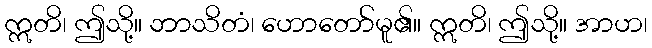
ဣတိ၊ ဤသို့။ ဘာသိတံ၊ ဟောတော်မူ၏။ ဣတိ၊ ဤသို့။ အာဟ၊